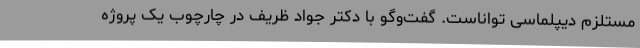
مستلزم دیپلماسی تواناست. گفت‌وگو با دکتر جواد ظریف در چارچوب یک پروژه